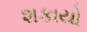
શકાયો